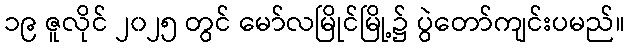
၁၉ ဇူလိုင် ၂၀၂၅ တွင် မော်လမြိုင်မြို့၌ ပွဲတော်ကျင်းပမည်။